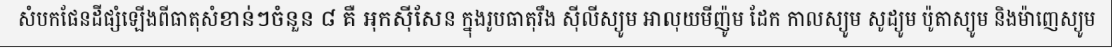
សំបកផែនដីផ្សំឡើងពីធាតុសំខាន់ៗចំនួន ៨ គឺ អុកស៊ីសែន ក្នុងរូបធាតុរឹង ស៊ីលីស្យូម អាលុយមីញ៉ូម ដែក កាលស្យូម សូដ្យូម ប៉ូតាស្យូម និងម៉ាញេស្យូម